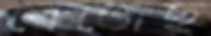
বেজেছ